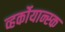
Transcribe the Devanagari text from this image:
व्हर्कोयान्स्क